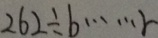
2 6 2 \div b \cdots r